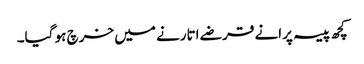
کچھ پیسہ پرانے قرضے اتارنے میں خرچ ہو گیا۔